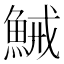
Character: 𱆭